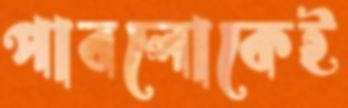
পাবলোকেই